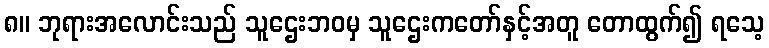
၈။ ဘုရားအလောင်းသည် သူဌေးဘဝမှ သူဌေးကတော်နှင့်အတူ တောထွက်၍ ရသေ့